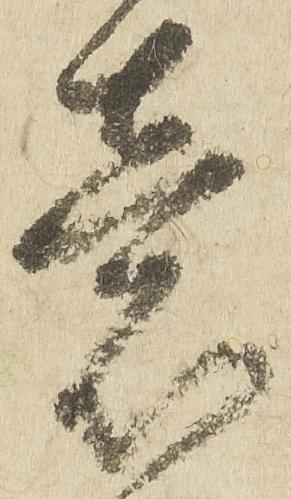
意